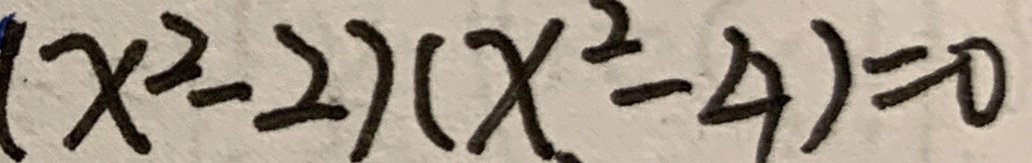
( x ^ { 2 } - 2 ) ( x ^ { 2 } - 4 ) = 0